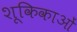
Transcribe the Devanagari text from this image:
शूकिकाओं